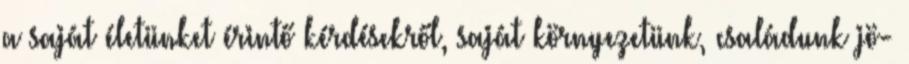
a saját életünket érintő kérdésekről, saját környezetünk, családunk jö-